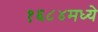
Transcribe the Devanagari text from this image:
१६८४मध्ये